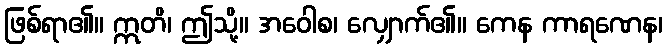
ဖြစ်ရာ၏။ ဣတိ၊ ဤသို့။ အဝေါစ၊ လျှောက်၏။ ကေန ကာရဏေန၊